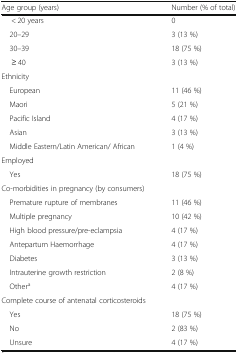
<table><thead><tr><td><b>Age group (years)</b></td><td><b>Number (% of total)</b></td></tr></thead><tbody><tr><td>&lt; 20 years</td><td>0</td></tr><tr><td> 20–29</td><td>3 (13 %)</td></tr><tr><td> 30–39</td><td>18 (75 %)</td></tr><tr><td>≥ 40</td><td>3 (13 %)</td></tr><tr><td colspan="2">Ethnicity</td></tr><tr><td> European</td><td>11 (46 %)</td></tr><tr><td> Maori</td><td>5 (21 %)</td></tr><tr><td> Pacific Island</td><td>4 (17 %)</td></tr><tr><td> Asian</td><td>3 (13 %)</td></tr><tr><td> Middle Eastern/Latin American/ African</td><td>1 (4 %)</td></tr><tr><td colspan="2">Employed</td></tr><tr><td> Yes</td><td>18 (75 %)</td></tr><tr><td colspan="2">Co-morbidities in pregnancy (by consumers)</td></tr><tr><td> Premature rupture of membranes</td><td>11 (46 %)</td></tr><tr><td> Multiple pregnancy</td><td>10 (42 %)</td></tr><tr><td> High blood pressure/pre-eclampsia</td><td>4 (17 %)</td></tr><tr><td> Antepartum Haemorrhage</td><td>4 (17 %)</td></tr><tr><td> Diabetes</td><td>3 (13 %)</td></tr><tr><td> Intrauterine growth restriction</td><td>2 (8 %)</td></tr><tr><td> Other<sup>a</sup></td><td>4 (17 %)</td></tr><tr><td colspan="2">Complete course of antenatal corticosteroids</td></tr><tr><td> Yes</td><td>18 (75 %)</td></tr><tr><td> No</td><td>2 (83 %)</td></tr><tr><td> Unsure</td><td>4 (17 %)</td></tr></tbody></table>